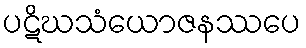
ပဋိဃသံယောဇနဿပေ